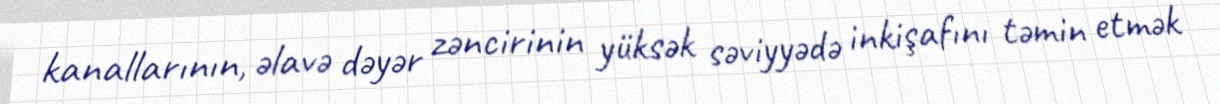
kanallarının, əlavə dəyər zəncirinin yüksək səviyyədə inkişafını təmin etmək